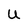
Character: U